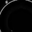
Digit: 8